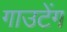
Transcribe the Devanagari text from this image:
गाउटेंग